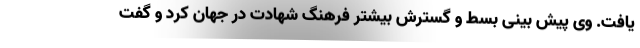
یافت. وی پیش بینی بسط و گسترش بیشتر فرهنگ شهادت در جهان کرد و گفت